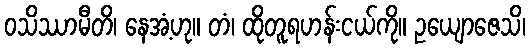
ဝသိဿာမီတိ၊ နေအံ့ဟု။ တံ၊ ထိုတူရဟန်းငယ်ကို။ ဥယျောဇေသိ၊